Lunatic asylums Punjab 1881-1894 - 1881-1894
Year: 1881
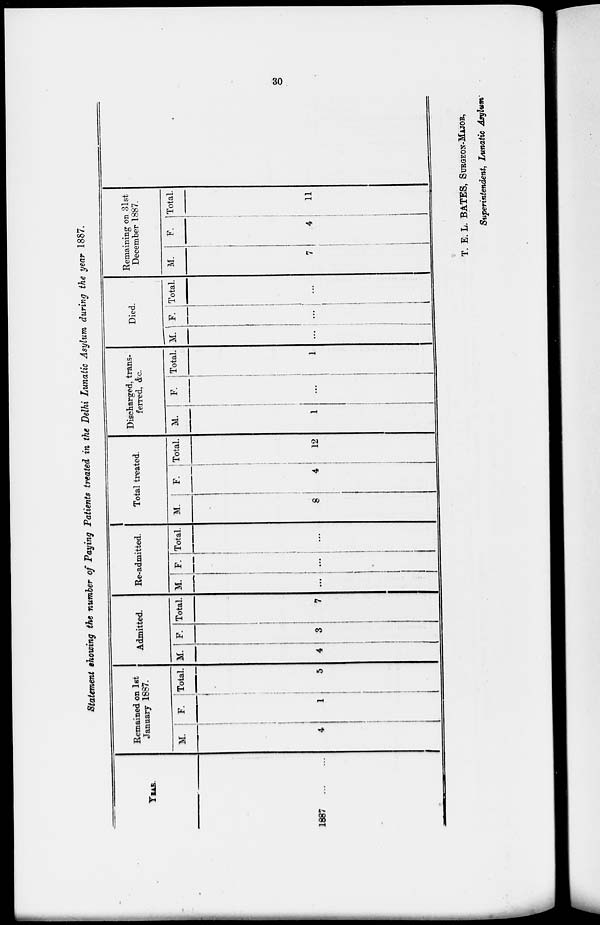
30
Statement showing the number of Paying Patients treated in the Delhi Lunatic Asylum during the year 1887.
YEAR.
1887
...
...
Remained on 1st
January 1887.
M.
4
F.
1
Total.
5
Admitted.
M.
4
F.
3
Total.
7
Re-admitted.
M.
...
F.
...
Total.
...
Total treated.
M.
8
F.
4
Total.
12
Discharged, trans-
ferred, &c.
M.
1
F.
...
Total.
1
Died.
M.
...
F.
...
Total.
...
Remaining on 31st
December 1887.
M.
7
F.
4
Total.
11
T. E. L. BATES, SURGEON-MAJOR,
Superintendent, Lunatic Asylum